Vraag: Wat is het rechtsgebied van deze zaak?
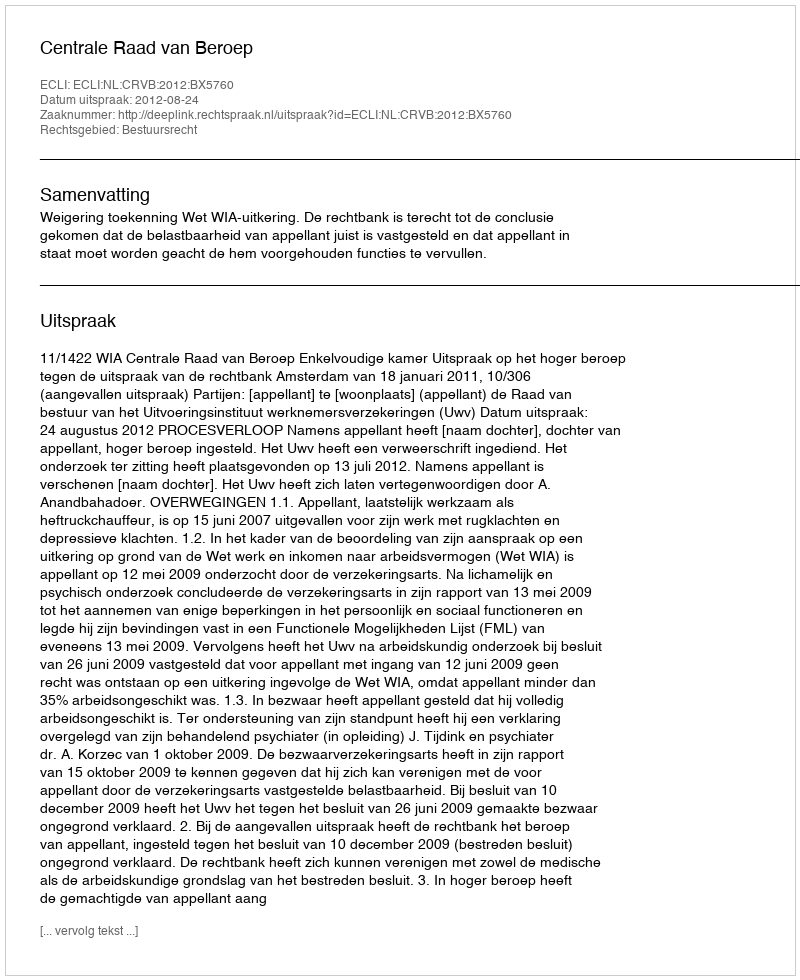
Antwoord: Bestuursrecht